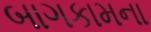
બાગકામના